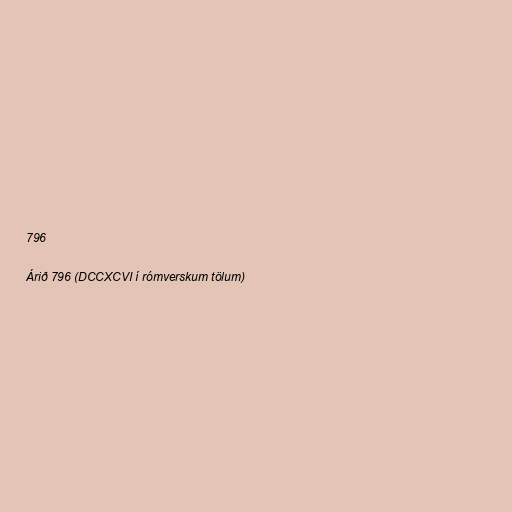
796

Árið 796 (DCCXCVI í rómverskum tölum)